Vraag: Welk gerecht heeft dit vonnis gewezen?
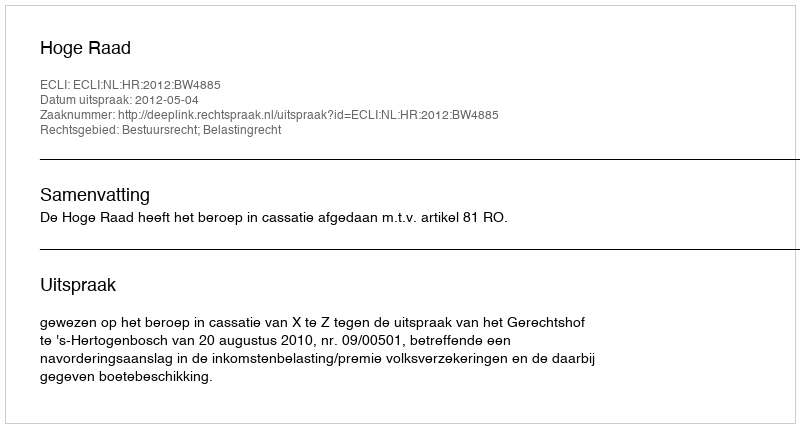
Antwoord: Hoge Raad